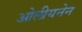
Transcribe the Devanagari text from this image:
ओलीयनेन